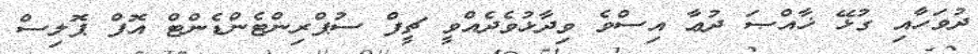
ދުވަހާއި ގުޅޭ ޚާއްޞަ ދުޢާ އިސްވެ ވިދާޅުވެދެއްވީ ޗީފް ސުޕްރިންޓެންޑެންޓް އޮފް ޕޮލިސް